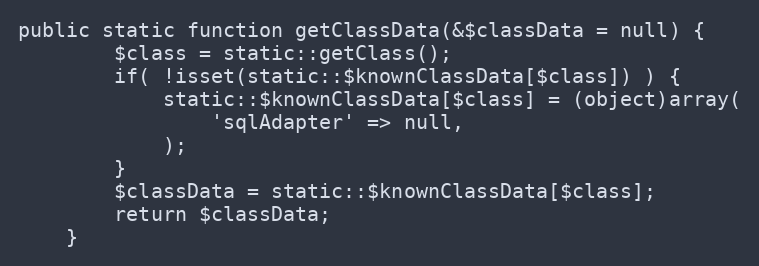
Language: PHP
public static function getClassData(&$classData = null) {
		$class = static::getClass();
		if( !isset(static::$knownClassData[$class]) ) {
			static::$knownClassData[$class] = (object)array(
				'sqlAdapter' => null,
			);
		}
		$classData = static::$knownClassData[$class];
		return $classData;
	}